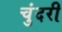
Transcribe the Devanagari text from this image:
चुंदरी